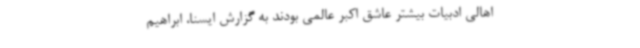
اهالی ادبیات بیشتر عاشق اکبر عالمی بودند به گزارش ایسنا، ابراهیم